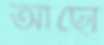
আছো